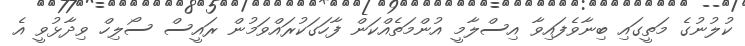
ކުލުނުގެ މަތީގައި ބިނާވެފައިވާ އިސްލާމީ އުންމަތެއްކަން ފާހަގަކުރައްވަމުން ރައީސް ސޯލިހް ވިދާޅުވީ އެ